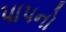
પાપનો